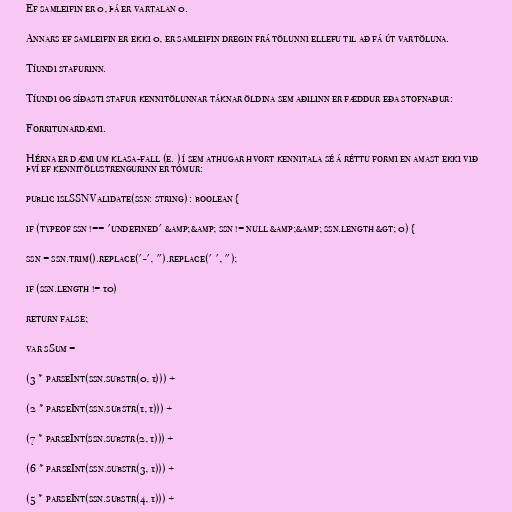
Ef samleifin er 0, þá er vartalan 0.

Annars ef samleifin er ekki 0, er samleifin dregin frá tölunni ellefu til að fá út vartöluna.

Tíundi stafurinn.

Tíundi og síðasti stafur kennitölunnar táknar öldina sem aðilinn er fæddur eða stofnaður:

Forritunardæmi.

Hérna er dæmi um klasa-fall (e. ) í sem athugar hvort kennitala sé á réttu formi en amast ekki við
því ef kennitölustrengurinn er tómur:

public islSSNValidate(ssn: string) : boolean {

if (typeof ssn !== 'undefined' &amp;&amp; ssn != null &amp;&amp; ssn.length &gt; 0) {

ssn = ssn.trim().replace('-', ").replace(' ', ");

if (ssn.length != 10)

return false;

var sSum =

(3 * parseInt(ssn.substr(0, 1))) +

(2 * parseInt(ssn.substr(1, 1))) +

(7 * parseInt(ssn.substr(2, 1))) +

(6 * parseInt(ssn.substr(3, 1))) +

(5 * parseInt(ssn.substr(4, 1))) +